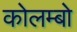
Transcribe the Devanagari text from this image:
कोलम्‍बो